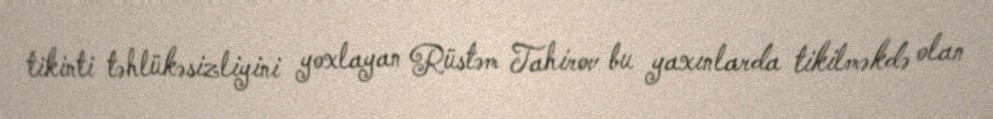
tikinti təhlükəsizliyini yoxlayan Rüstəm Tahirov bu yaxınlarda tikilməkdə olan